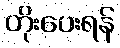
တိုးပေးရန်